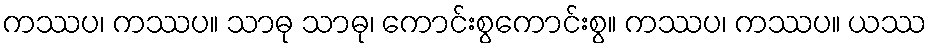
ကဿပ၊ ကဿပ။ သာဓု သာဓု၊ ကောင်းစွကောင်းစွ။ ကဿပ၊ ကဿပ။ ယဿ